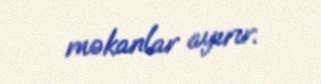
məkanlar ayırır.